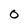
Character: 0